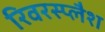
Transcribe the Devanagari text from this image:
रिवरस्प्लैश